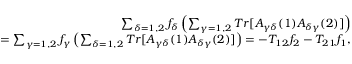
\begin{array} { r } { \sum _ { \delta = 1 , 2 } f _ { \delta } \left( \sum _ { \gamma = 1 , 2 } T r [ A _ { \gamma \delta } ( 1 ) A _ { \delta \gamma } ( 2 ) ] \right) } \\ { = \sum _ { \gamma = 1 , 2 } f _ { \gamma } \left( \sum _ { \delta = 1 , 2 } T r [ A _ { \gamma \delta } ( 1 ) A _ { \delta \gamma } ( 2 ) ] \right) = - T _ { 1 2 } f _ { 2 } - T _ { 2 1 } f _ { 1 } , } \end{array}